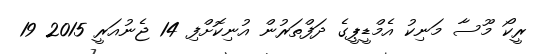
ރީކޯ މޫސާ މަނިކު އެމްޑީޕީގެ ދަފްތަރުން އުނިކޮށްފި 14 ޖެނުއަރީ 2015 19